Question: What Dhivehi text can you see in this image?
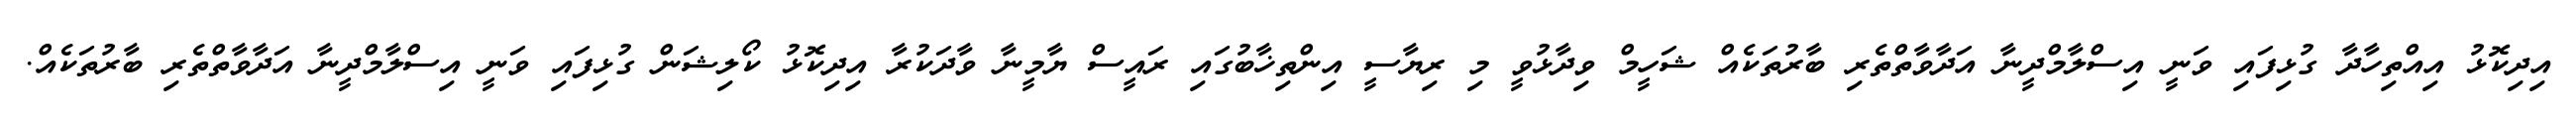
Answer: އިދިކޮޅު އިއްތިހާދާ ގުޅިފައި ވަނީ އިސްލާމްދީނާ އަދާވާތްތެރި ބާރުތަކެއް ޝަހީމް ވިދާޅުވީ މި ރިޔާސީ އިންތިޚާބުގައި ރައީސް ޔާމީނާ ވާދަކުރާ އިދިކޮޅު ކޯލިޝަން ގުޅިފައި ވަނީ އިސްލާމްދީނާ އަދާވާތްތެރި ބާރުތަކެއް.